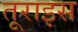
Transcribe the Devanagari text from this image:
तूराइस